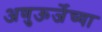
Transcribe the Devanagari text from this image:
अणुऊर्जेच्या